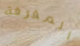
المقرفة